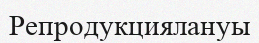
Репродукциялануы